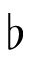
\flat